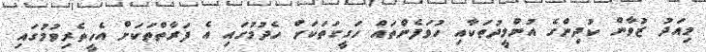
މިއަދު ޒުވާން ކުދިންގެ އުންމީދުތަކާއި ހުވަފެންތައް ހަގީގަތަކަށް ހެދުމުގައި އެ ފަރާތްތަކަށް އެހީތެރިވުމުގައި